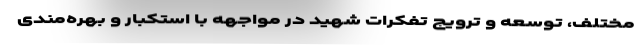
مختلف، توسعه و ترویج تفکرات شهید در مواجهه با استکبار و بهره‌مندی